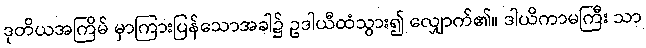
ဒုတိယအကြိမ် မှာကြားပြန်သောအခါ၌ ဥဒါယီထံသွား၍ လျှောက်၏။ ဒါယိကာမကြီး သာ